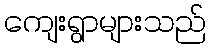
ကျေးရွာများသည်